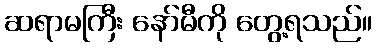
ဆရာမကြီး နော်မီကို တွေ့ရသည်။